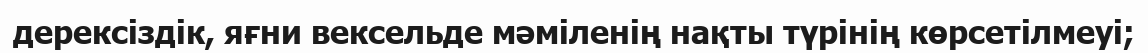
дерексіздік, яғни вексельде мәміленің нақты түрінің көрсетілмеуі;